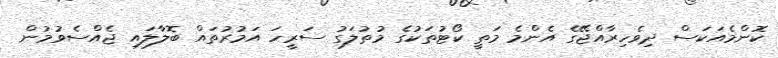
ކޮންމެއަކަސް ދިވެހިރާއްޖޭގެ އެންމެ މަތީ ކޯޓުތަކުގެ މުތުލަގު ސަރީހަ އަމުރުތައް ބޮލާލައި ޖެއްސެވުމުން